Report on the Civil Veterinary Department, Eastern Bengal and Assam - 1907-1911
Year: 1907
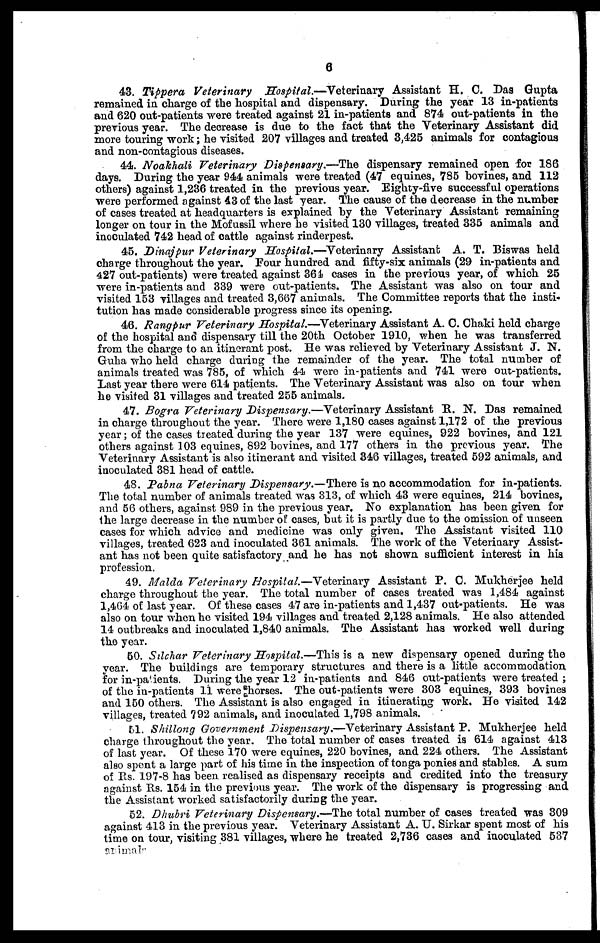
6
43. Tippera Veterinary
Hospital.—Veterinary
Assistant H. C. Das Gupta
remained in charge of the hospital and dispensary. During the year 13 in-patients
and 620 out-patients were treated against 21 in-patients and 874 out-patients in the
previous year. The decrease is due to the fact that the Veterinary Assistant did
more touring work; he visited 207 villages and treated 3,425 animals for contagious
and non-contagious diseases.
44. Noakhali Veterinary Dispensary.—The dispensary remained open for 186
days. During the year 944 animals were treated (47 equines, 785 bovines, and 112
others) against 1,236 treated in the previous year. Eighty-five successful operations
were performed against 43 of the last year. The cause of the decrease in the number
of cases treated at headquarters is explained by the Veterinary Assistant remaining
longer on tour in the Mofussil where he visited 130 villages, treated 335 animals and
inoculated 742 head of cattle against rinderpest.
45. Dinajpur Veterinary Hospital.—Veterinary Assistant A. T. Biswas held
charge throughout the year. Four hundred and fifty-six animals (29 in-patients and
427 out-patients) were treated against 364 cases in the previous year, of which 25
were in-patients and 339 were out-patients. The Assistant was also on tour and
visited 153 villages and treated 3,667 animals. The Committee reports that the insti-
tution has made considerable progress since its opening.
46. Rangpur Veterinary Hospital.—Veterinary Assistant A. C. Chaki held charge
of the hospital and dispensary till the 20th October 1910, when he was transferred
from the charge to an itinerant post. He was relieved by Veterinary Assistant J. N.
Guha who held charge during the remainder of the year. The total number of
animals treated was 785, of which 44 were in-patients and 741 were out-patients.
Last year there were 614 patients. The Veterinary Assistant was also on tour when
he visited 31 villages and treated 255 animals.
47. Bogra Veterinary Dispensary.—Veterinary Assistant R. N. Das remained
in charge throughout the year. There were 1,180 cases against 1,172 of the previous
year; of the cases treated during the year 137 were equines, 922 bovines, and 121
others against 103 equines, 892 bovines, and 177 others in the previous year. The
Veterinary Assistant is also itinerant and visited 346 villages, treated 592 animals, and
inoculated 381 head of cattle.
48. Pabna Veterinary Dispensary.—There is no accommodation for in-patients.
The total number of animals treated was 313, of which 43 were equines, 214 bovines,
and 56 others, against 989 in the previous year, No explanation has been given for
the large decrease in the number of cases, but it is partly due to the omission of unseen
cases for which advice and medicine was only given. The Assistant visited 110
villages, treated 623 and inoculated 361 animals. The work of the Veterinary Assist-
ant has not been quite satisfactory and he has not shown sufficient interest in his
profession.
49. Malda Veterinary Hospital.—Veterinary Assistant P. C. Mukherjee held
charge throughout the year. The total number of cases treated was 1,484 against
1,464 of last year. Of these cases 47 are in-patients and 1,437 out-patients. He was
also on tour when he visited 194 villages and treated 2,128 animals. He also attended
14 outbreaks and inoculated 1,840 animals. The Assistant has worked well during
the year.
50. Silchar Veterinary Hospital.—This is a new dispensary opened during the
year. The buildings are temporary structures and there is a little accommodation
for in-patients. During the year 12 in-patients and 846 out-patients were treated;
of the in-patients 11 were horses. The out-patients were 303 equines, 393 bovines
and 150 others. The Assistant is also engaged in itinerating work. He visited 142
villages, treated 792 animals, and inoculated 1,798 animals.
51. Shillong Government Dispensary.—Veterinary Assistant P. Mukherjee held
charge throughout the year. The total number of cases treated is 614 against 413
of last year. Of these 170 were equines, 220 bovines, and 224 others. The Assistant
also spent a large part of his time in the inspection of tonga ponies and stables. A sum
of Rs. 197-8 has been realised as dispensary receipts and credited into the treasury
against Rs. 154 in the previous year. The work of the dispensary is progressing and
the Assistant worked satisfactorily during the year.
52. Dhubri Veterinary Dispensary.—The total number of cases treated was 309
against 413 in the previous year. Veterinary Assistant A. U. Sirkar spent most of his
time on tour, visiting 381 villages, where he treated 2,736 cases and inoculated 537